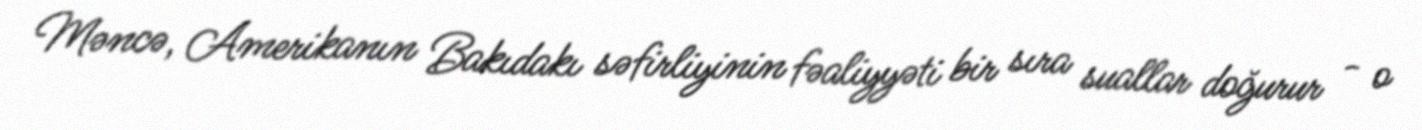
Məncə, Amerikanın Bakıdakı səfirliyinin fəaliyyəti bir sıra suallar doğurur - o